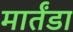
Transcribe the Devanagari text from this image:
मार्तंडा